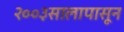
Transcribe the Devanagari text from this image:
२००३सालापासून